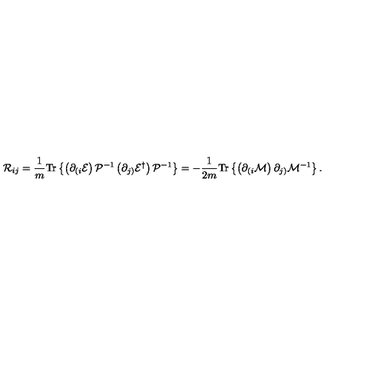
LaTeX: { \cal R } _ { i j } = \frac { 1 } { m } \mathrm { T r } \left\{ \left( \partial _ { ( i } { \cal E } \right) { \cal P } ^ { - 1 } \left( \partial _ { j ) } { \cal E } ^ { \dagger } \right) { \cal P } ^ { - 1 } \right\} = - \frac { 1 } { 2 m } \mathrm { T r } \left\{ \left( \partial _ { ( i } { \cal M } \right) \partial _ { j ) } { \cal M } ^ { - 1 } \right\} .